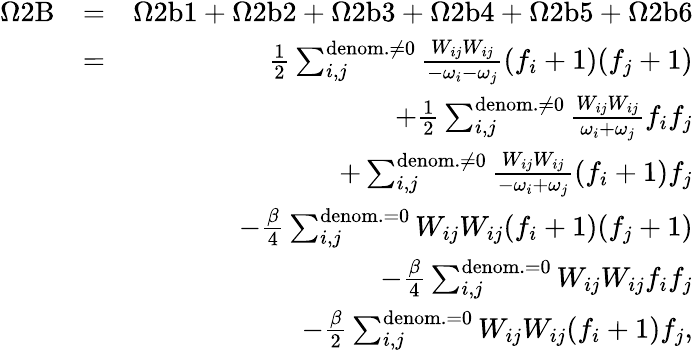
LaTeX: \begin{array}{rlr}{\Omega\mathrm{2B}}&{=}&{\Omega\mathrm{2b1}+\Omega\mathrm{2b2}+\Omega\mathrm{2b3}+\Omega\mathrm{2b4}+\Omega\mathrm{2b5}+\Omega\mathrm{2b6}}\\ &{=}&{\frac{1}{2}\sum_{i,j}^{\mathrm{denom.}\neq 0}\frac{W_{ij}W_{ij}}{-\omega_{i}-\omega_{j}}(f_{i}+1)(f_{j}+1)}\\ &{}&{+\frac{1}{2}\sum_{i,j}^{\mathrm{denom.}\neq 0}\frac{W_{ij}W_{ij}}{\omega_{i}+\omega_{j}}f_{i}f_{j}}\\ &{}&{+\sum_{i,j}^{\mathrm{denom.}\neq 0}\frac{W_{ij}W_{ij}}{-\omega_{i}+\omega_{j}}(f_{i}+1)f_{j}}\\ &{}&{-\frac{\beta}{4}\sum_{i,j}^{\mathrm{denom.}=0}{W_{ij}W_{ij}}(f_{i}+1)(f_{j}+1)}\\ &{}&{-\frac{\beta}{4}\sum_{i,j}^{\mathrm{denom.}=0}{W_{ij}W_{ij}}f_{i}f_{j}}\\ &{}&{-\frac{\beta}{2}\sum_{i,j}^{\mathrm{denom.}=0}{W_{ij}W_{ij}}(f_{i}+1)f_{j},}\end{array}